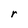
Character: r